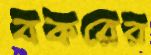
বকরের